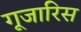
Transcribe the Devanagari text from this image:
गूजारिस